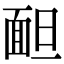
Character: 𩈍